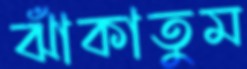
ঝাঁকাতুম